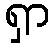
ရှာ